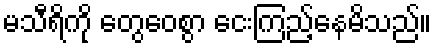
မသီရိကို တွေဝေစွာ ငေးကြည့်နေမိသည်။